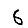
Digit: 6